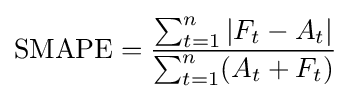
{\text{SMAPE}}={\frac {\sum _{t=1}^{n}\left|F_{t}-A_{t}\right|}{\sum _{t=1}^{n}(A_{t}+F_{t})}}